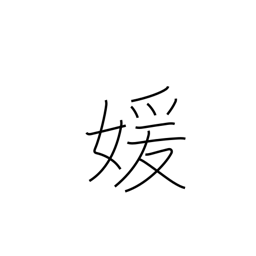
Meaning: beautiful woman